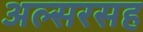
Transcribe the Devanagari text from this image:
अल्सरसह